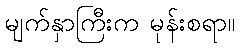
မျက်နှာကြီးက မုန်းစရာ။